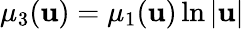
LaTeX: \mu_{3}(\mathbf{u})=\mu_{1}(\mathbf{u})\ln|\mathbf{u}|